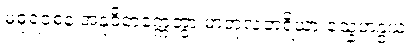
မဓုရဝစနံ အနုဝိတက္ကေတွာ မာတုလဘရိယာ သ္နေဟနွယံ